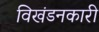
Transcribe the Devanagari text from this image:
विखंडनकारी